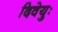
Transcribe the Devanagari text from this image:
दिवेयुः